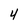
Character: 4